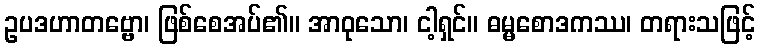
ဥပဒဟာတဗ္ဗော၊ ဖြစ်စေအပ်၏။ အာဝုသော၊ ငါ့ရှင်။ ဓမ္မစောဒကဿ၊ တရားသဖြင့်